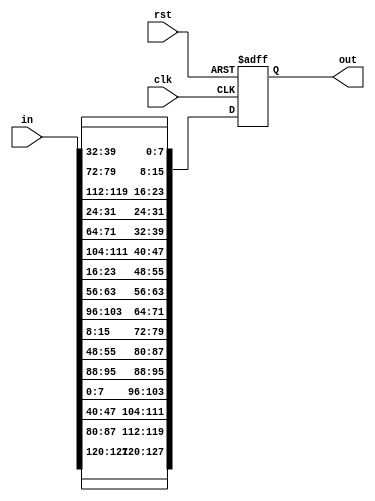
`timescale 1ns / 1ps

module shift_rows(
    input [0:127] in,
    output reg [0:127] out,
    input clk,
    input rst
    );
    always@(posedge clk , posedge rst) begin
    if(rst) begin
    out<=0;
    end
    else begin
    //first row no shift
        out[0+:8]<=in[0+:8];
        out[32+:8]<=in[32+:8];
        out[64+:8]<=in[64+:8];
        out[96+:8]<=in[96+:8];
        
    //second row 1 byte circulary shift left  
        out[8+:8]<=in[40+:8];
        out[40+:8]<=in[72+:8];
        out[72+:8]<=in[104+:8];
        out[104+:8]<=in[8+:8];
        
    //third row 2 bytes circulary shift left  
        out[16+:8]<=in[80+:8];
        out[48+:8]<=in[112+:8];
        out[80+:8]<=in[16+:8];
        out[112+:8]<=in[48+:8];
        
    //fourth row 3 bytes circulary shift left  
        out[24+:8]<=in[120+:8];
        out[56+:8]<=in[24+:8];
        out[88+:8]<=in[56+:8];
        out[120+:8]<=in[88+:8];
        
     end
    end   
endmodule